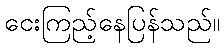
ငေးကြည့်နေပြန်သည်။